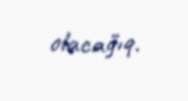
olacağıq.